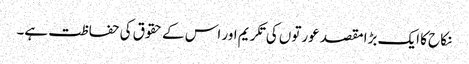
نکاح کا ایک بڑا مقصد عورتوں کی تکریم اور اس کے حقوق کی حفاظت ہے۔